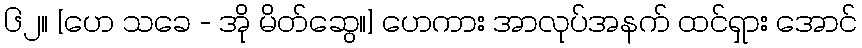
၆၂။ [ဟေ သခေ - အို မိတ်ဆွေ။] ဟေကား အာလုပ်အနက် ထင်ရှား အောင်